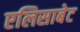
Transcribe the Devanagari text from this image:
एलिसाबेट